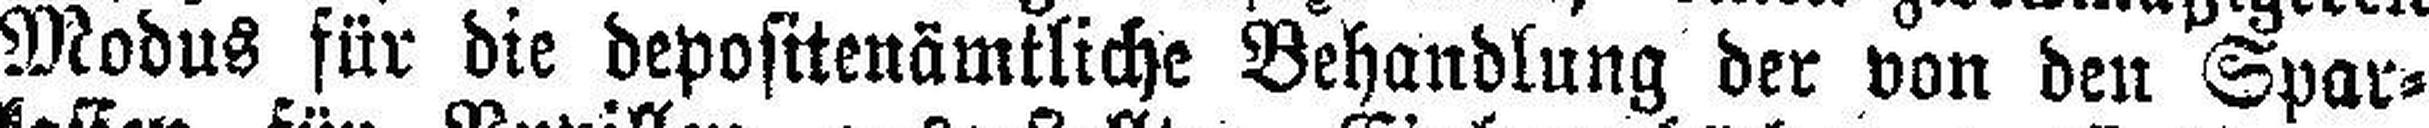
Modus für die depositenämtliche Behandlung der von den Spar¬